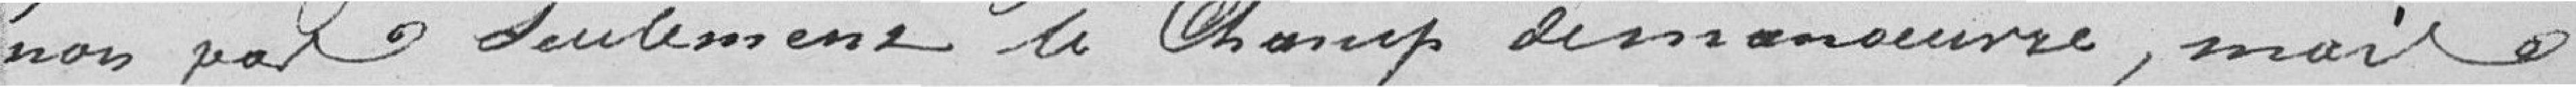
non pas seulement le champ de manœuvre, mais